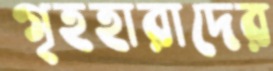
গৃহহারাদের